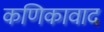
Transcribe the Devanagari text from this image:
कणिकावाद